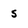
Character: s